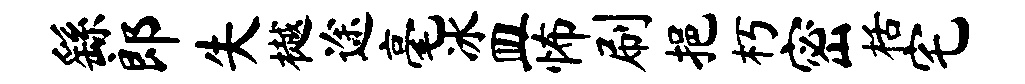
繇郎失樾途毫冰皿怖刷挹朽密栝宅